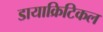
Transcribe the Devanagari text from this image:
डायाक्रिटिकल